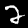
Label: 2